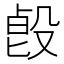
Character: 㲃